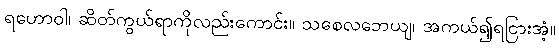
ရဟောဝါ၊ ဆိတ်ကွယ်ရာကိုလည်းကောင်း။ သစေလဘေယျ၊ အကယ်၍ရငြားအံ့။